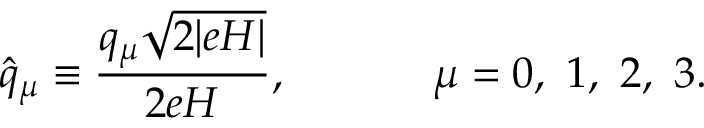
\hat { q } _ { \mu } \equiv \frac { q _ { \mu } \sqrt { 2 | e H | } } { 2 e H } , ~ ~ ~ ~ ~ ~ ~ ~ ~ ~ \mu = 0 , ~ 1 , ~ 2 , ~ 3 .